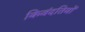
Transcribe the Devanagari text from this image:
किवंदतियों